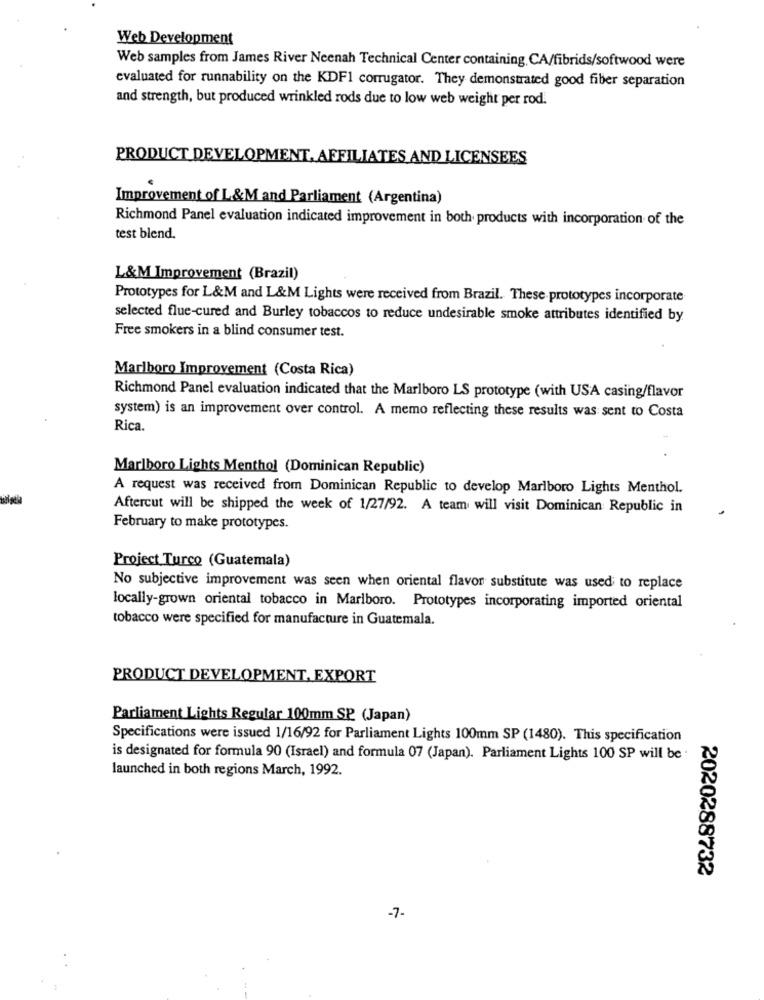
Web Development
Web samples from James River Neenah Technical Center containing, CA/fibrids/softwood were
evaluated for runnability on the KDF1 corrugator. They demonstrated good fiber separation
and strength, but produced wrinkled rods due to low web weight per rod.
PRODUCT DEVELOPMENT, AFFILIATES AND LICENSEES
Improvement of L&M and Parliament (Argentina)
Richmond Panel evaluation indicated improvement in both products with incorporation of the
test blend.
L&M Improvement (Brazil)
Prototypes for L&M and L&M Lights were received from Brazil. These prototypes incorporate
selected flue-cured and Burley tobaccos to reduce undesirable smoke attributes identified by
Free smokers in a blind consumer test.
Marlboro Improvement (Costa Rica)
Richmond Panel evaluation indicated that the Marlboro LS prototype (with USA casing/flavor
system) is an improvement over control. A memo reflecting these results was sent to Costa
Rica.
Marlboro Lights Menthol (Dominican Republic)
A request was received from Dominican Republic to develop Marlboro Lights Menthol.
Aftercut will be shipped the week of 1/27/92. A team will visit Dominican Republic in
February to make prototypes.
Project Turco (Guatemala)
No subjective improvement was seen when oriental flavor substitute was used to replace
locally-grown oriental tobacco in Marlboro. Prototypes incorporating imported oriental
tobacco were specified for manufacture in Guatemala.
PRODUCT DEVELOPMENT, EXPORT
Parliament Lights Regular 100mm SP (Japan)
Specifications were issued 1/16/92 for Parliament Lights 100mm SP (1480). This specification
is designated for formula 90 (Israel) and formula 07 (Japan). Parliament Lights 100 SP will be
launched in both regions March, 1992.
2020288732
-7-